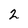
Character: 2